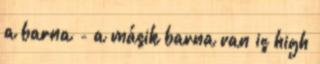
a barna - a másik barna van is high